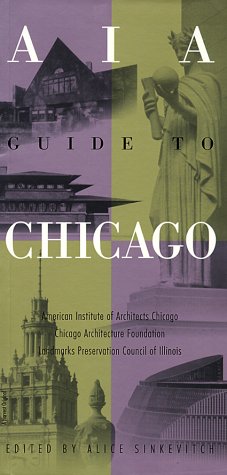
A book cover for AIA Guide to Chicago; Alice Sinkevitch; Travel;